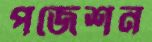
পজেশন